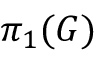
\pi _ { 1 } ( G )